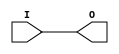
module IBUF_CTT (O, I);

    output O;

    input  I;

	buf B1 (O, I);


endmodule